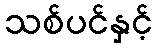
သစ်ပင်နှင့်